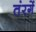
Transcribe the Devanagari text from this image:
तंरगें